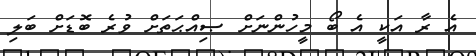
އެ ރާ އަކީ އެ ބޯ މީހުންނަށް ޞިއްޙަތަށް ވުރެ ބޮޑަށް ބަލި